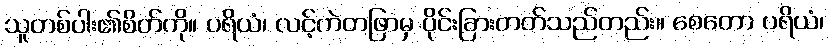
သူတစ်ပါး၏စိတ်ကို။ ပရိယံ၊ လင့်ကဲတဖြာမှ ပိုင်းခြားတတ်သည်တည်း။ စေတော ပရိယံ၊